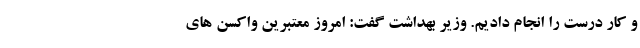
و کار درست را انجام دادیم. وزیر بهداشت گفت: امروز معتبرین واکسن های